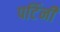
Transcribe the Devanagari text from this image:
पटिंनी